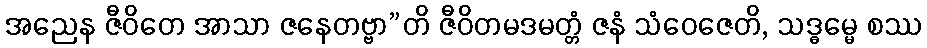
အညေန ဇီဝိတေ အာသာ ဇနေတဗ္ဗာ”တိ ဇီဝိတမဒမတ္တံ ဇနံ သံဝေဇေတိ, သဒ္ဓမ္မေ စဿ